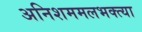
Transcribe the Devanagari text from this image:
अनिशममलभक्त्या